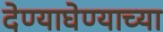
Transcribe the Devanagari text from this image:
देण्याघेण्याच्या